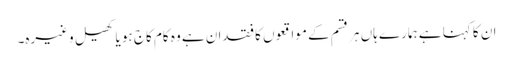
ان کا کہنا ہے ہمارے ہاں ہر قسم کے مواقعوں کا فقدان ہے وہ کام کاج ہو یا کھیل وغیرہ۔